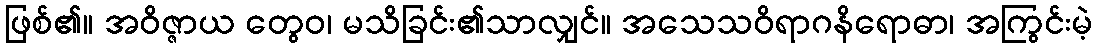
ဖြစ်၏။ အဝိဇ္ဇာယ တွေဝ၊ မသိခြင်း၏သာလျှင်။ အသေသဝိရာဂနိရောဓာ၊ အကြွင်းမဲ့